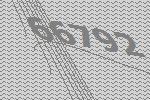
66792